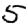
Digit: 5